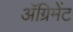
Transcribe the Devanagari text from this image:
अॅग्रिमेंट